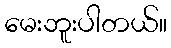
မေးဘူးပါတယ်။